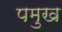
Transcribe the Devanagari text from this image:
पमुख